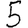
Digit: 5